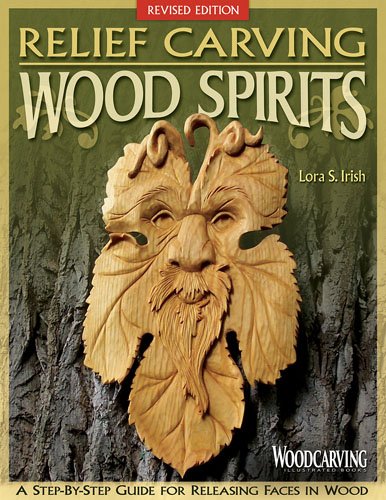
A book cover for Relief Carving Wood Spirits, Revised Edition: A Step-By-Step Guide for Releasing Faces in Wood; Lora S. Irish; Crafts, Hobbies & Home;